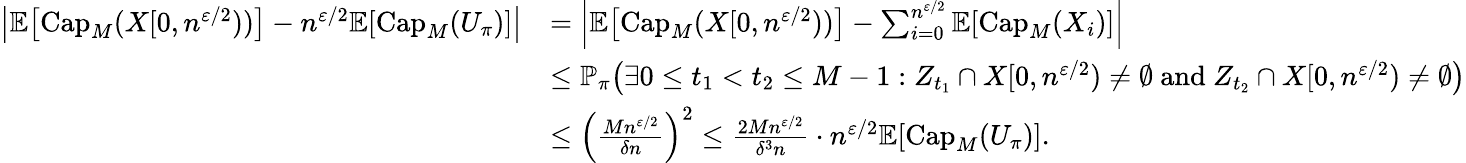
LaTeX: \begin{array}{rl}{\left|\mathbb{E}\! \left[\mathrm{Cap}_{M}(X[0,n^{\varepsilon/2}))\right]-n^{\varepsilon/2}\mathbb{E}\! \left[\mathrm{Cap}_{M}(U_{\pi})\right]\right|}&{=\left|\mathbb{E}\! \left[\mathrm{Cap}_{M}(X[0,n^{\varepsilon/2}))\right]-\sum_{i=0}^{n^{\varepsilon/2}}\mathbb{E}\! \left[\mathrm{Cap}_{M}(X_{i})\right]\right|}\\ &{\leq\mathbb{P}_{\pi}\! \left(\exists 0\leq t_{1}<t_{2}\leq M-1:Z_{t_{1}}\cap X[0,n^{\varepsilon/2})\neq\emptyset\mathrm{~and~}Z_{t_{2}}\cap X[0,n^{\varepsilon/2})\neq\emptyset\right)}\\ &{\leq\left(\frac{Mn^{\varepsilon/2}}{\delta n}\right)^{2}\leq\frac{2Mn^{\varepsilon/2}}{\delta^{3}n}\cdot n^{\varepsilon/2}\mathbb{E}\! \left[\mathrm{Cap}_{M}(U_{\pi})\right].}\end{array}